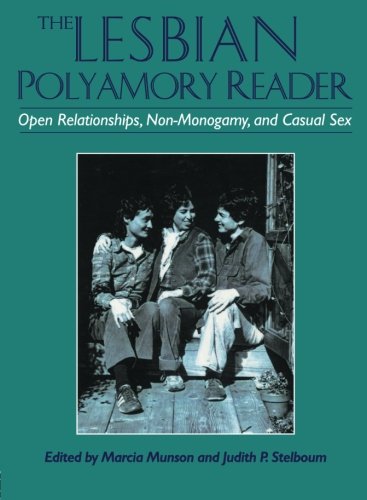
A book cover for The Lesbian Polyamory Reader: Open Relationships, Non-Monogamy, and Casual Sex; Marcia Munson; Gay & Lesbian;